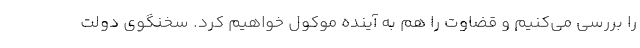
را بررسی می‌کنیم و قضاوت را هم به آینده موکول خواهیم کرد. سخنگوی دولت